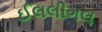
ઈલલીગલ